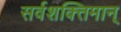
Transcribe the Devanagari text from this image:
सर्वशक्‍तिमान्